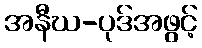
အနီဃ-ပုဒ်အဖွင့်